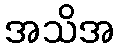
အသိအ